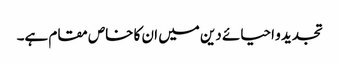
تجدید و احیائے دین میں ان کا خاص مقام ہے۔